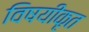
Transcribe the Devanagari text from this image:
विषयीकृत